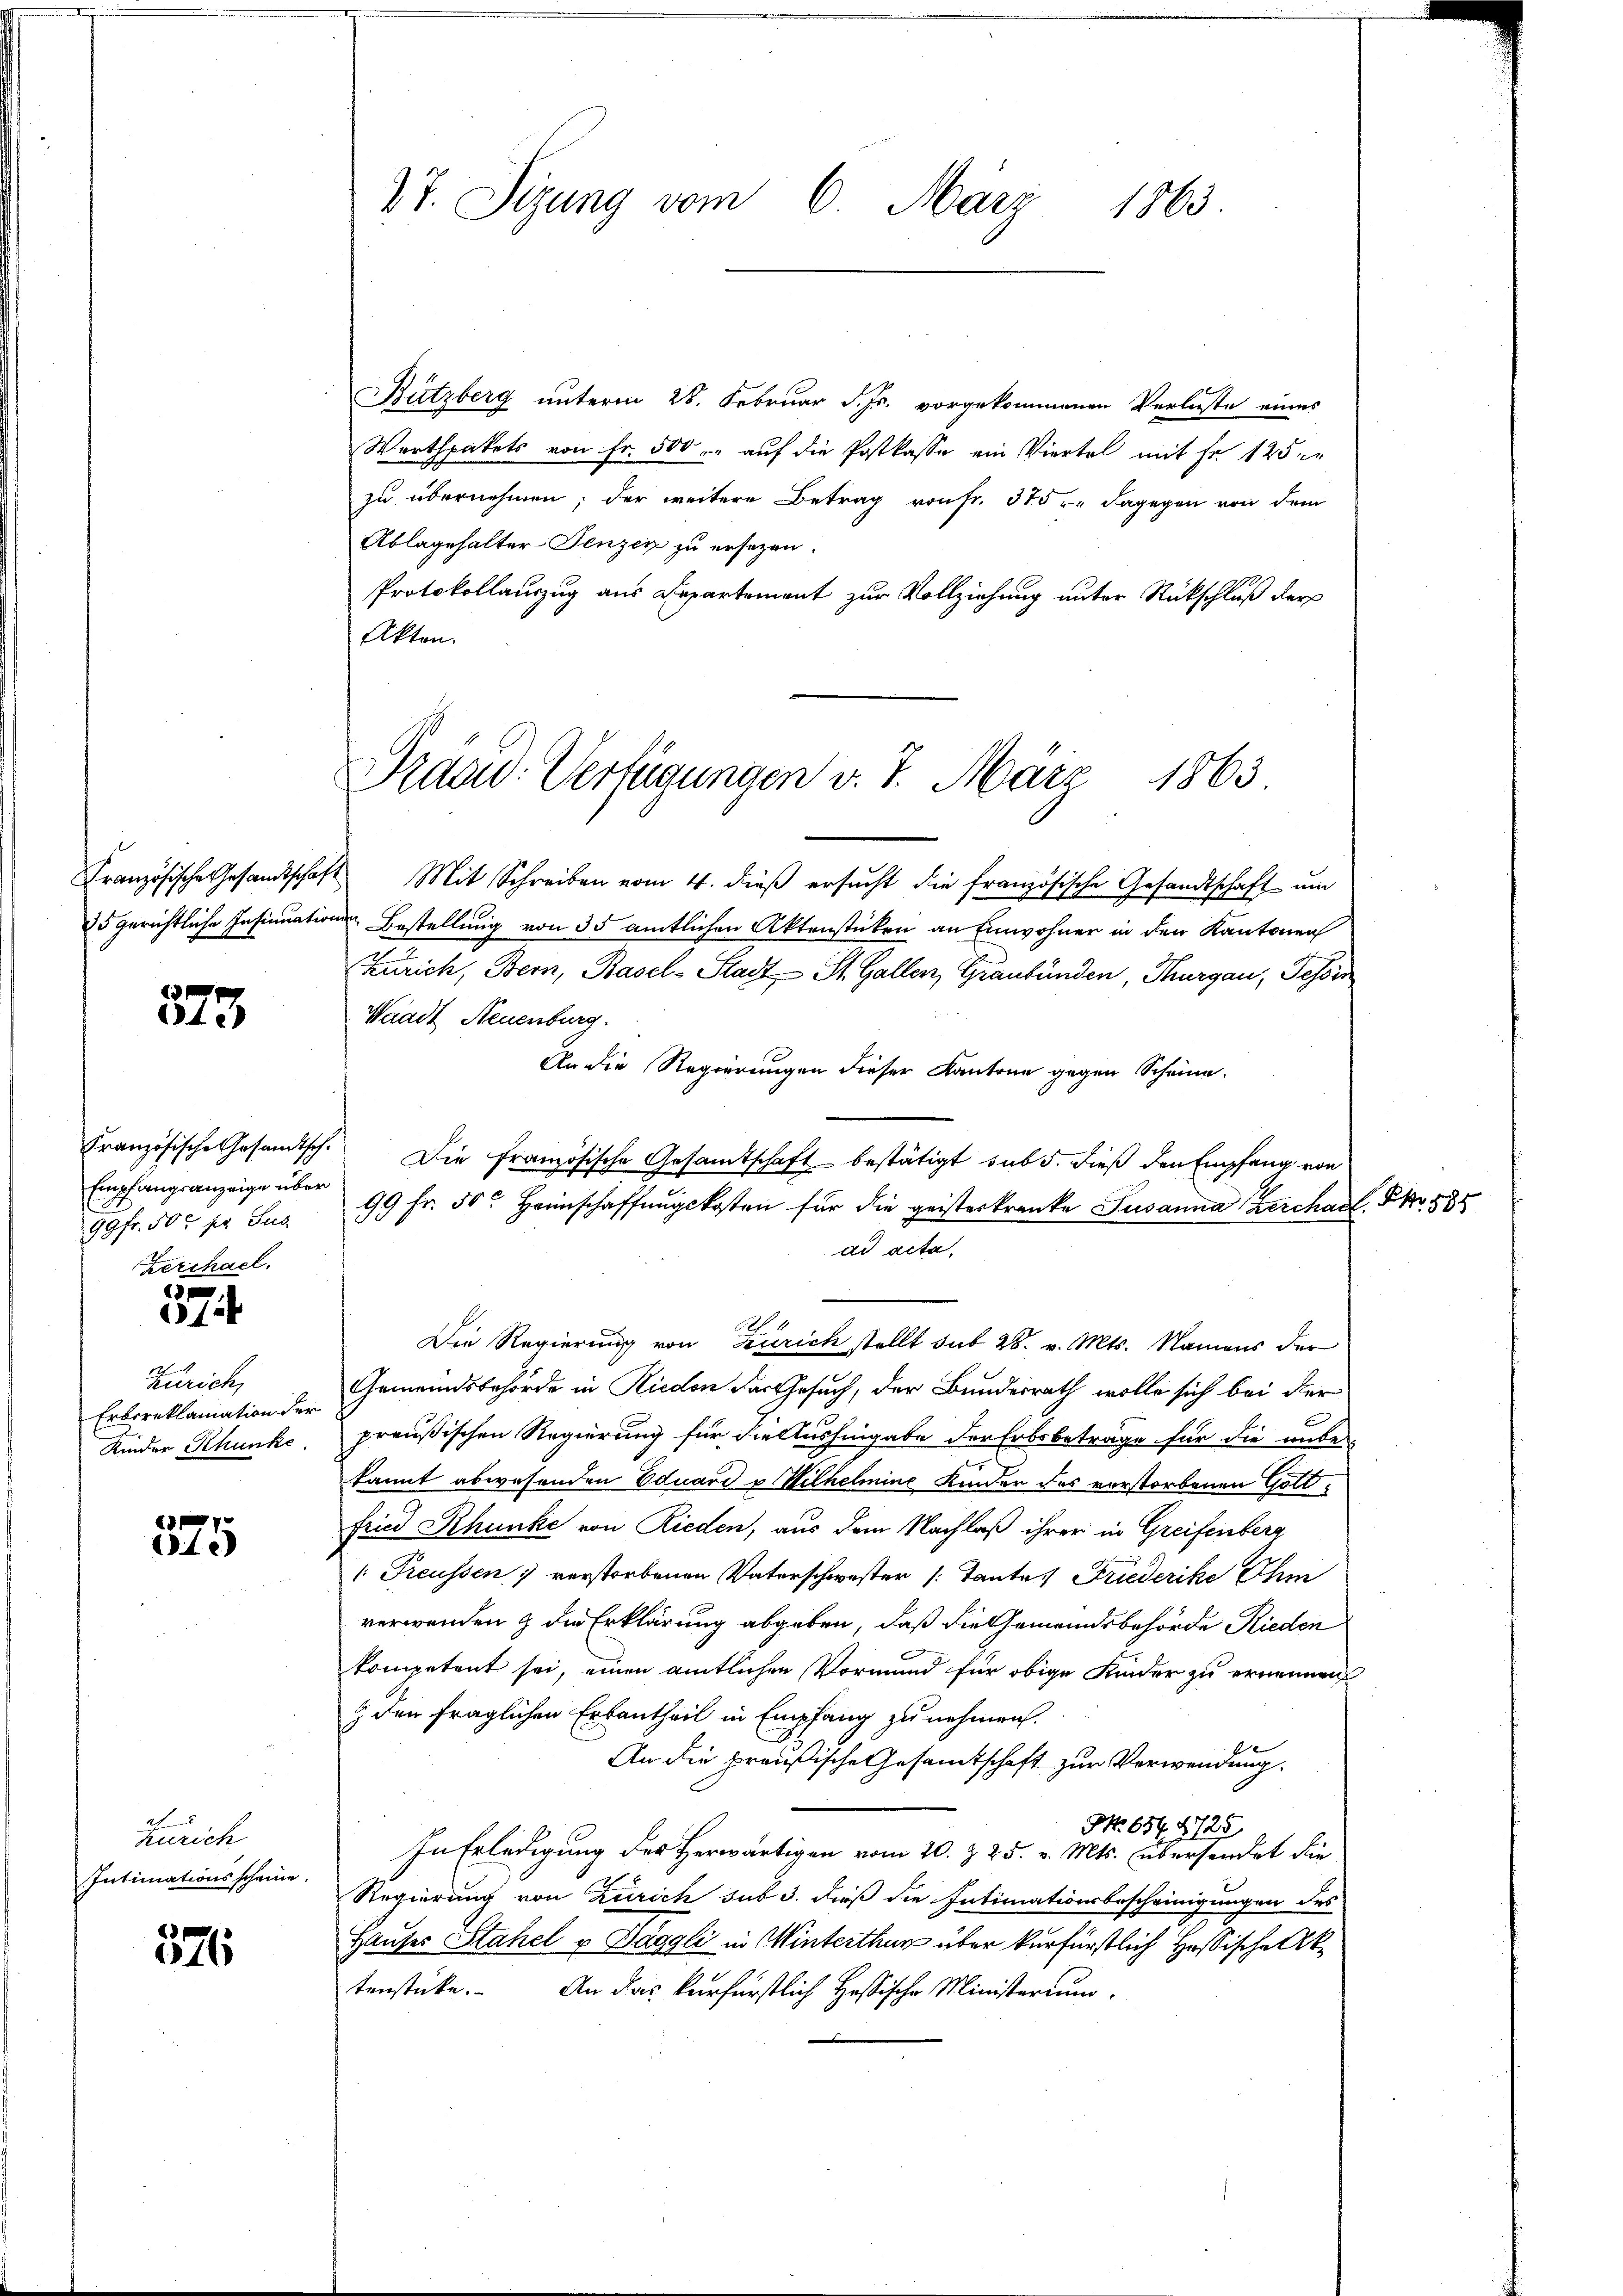
Französische Gesandtschaf
25 gerichtliche Insinuation

573

Französische Gesandtsch.
Empfangsanzeige über
99fr. 500 fr Sub
Zerchael.

574

Zürich,
Erbereklamation der
Kinder Rhunke

E
4e)

Zürich
Intimationsscheine

571

27. Sizung vom 6. März 1863.

Bützberg unterm 28. Februar d. Js. vorgekommenen Verluste eines
Werthpakets von fr. 500 auf die Postkasse ein Viertel mit Fr. 125
zu übernehmen; der weitere Betrag von Fr. 315 u. dagegen von dem
Ablagehalter-Jenzen zu ersezen.
Protokollauszug aus Departement zur Vollziehung unter Rückschluß der
Akten.

Praad: Verfügungen v. 7. März 1863

Mit Schreiben vom 4. dieß ersucht die französische Gesandtschaft um
in Bestellung von 35 amtlichen Aktenstücken an Einwohner in den Kantonen
Zürich, Bern, Basel-Stadt St. Gallen, Graubünden, Thurgau, Tessin
Waadt Neuenburg.
An die Regierungen dieser Kantone gegen Scheine.
Die Französische Gesamtschaft bestätigt sub 5. dieß den Empfang von
99 Fr. 50. Heimschaffungskosten für die geisterkranke Susanna Kerchael. No. 535
ad acta.
1
Die Regierung von Zürich stellt sub 28. v. Mts. Namens der
Gemeindsbehörde in Rieden der Gesuch, der Bundesrath wolle sich bei der
preußischen Regierung für die Aushingabe der Erbsbetrage für die unbe-
kannt abwesenden Eduard u Wilhelmine Kinder des verstorbenen Gottfried Rhunke von Rieden, aus dem Nachlaß ihrer in Greifenberg
Preussen) verstorbenen Vaterschwester (Tantes Friederike Ihm
verwenden & die Erklärung abgeben, daß die Gemeindsbehörde Rieden
kompetent sei, einen amtlichen Vormund für obige Kinder zu ernennen
& den fraglichen Erbantheil in Empfang zu nehmen.
An die preußische Gesamtschaft zur Verwendung.
NNo. 654. 4725.
In Erledigung des Herwärtigen vom 20. Z. 25. v. Mts. übersendet die
Regierung von Zürich sub 3. dieß die Intimationsbescheinigungen des
Hauses Stahel u Taggli in Winterthur über kurfürstlich Hassische Aktenstücke. An das verfürstlich Hössische Ministerium